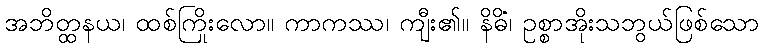
အဘိတ္ထနယ၊ ထစ်ကြိုးလော။ ကာကဿ၊ ကျီး၏။ နိဓိံ၊ ဥစ္စာအိုးသဘွယ်ဖြစ်သော